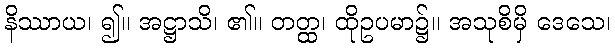
နိဿာယ၊ ၍။ အဋ္ဌာသိ၊ ၏။ တတ္ထ၊ ထိုဥပမာ၌။ အသုစိမှိ ဒေသေ၊